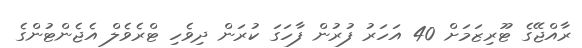
ރާއްޖޭގެ ޓޫރިޒަމަށް 40 އަހަރު ފުރުން ފާހަގަ ކުރަން ދިވެހި ޓްރެވެލް އެޖެންޓުންގެ